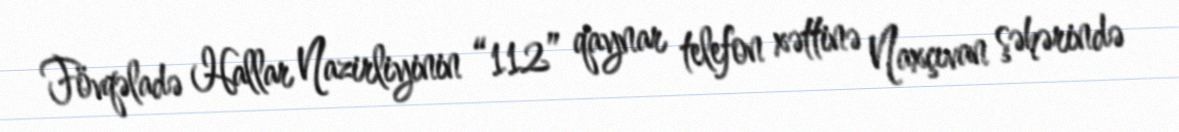
Fövqəladə Hallar Nazirliyinin “112” qaynar telefon xəttinə Naxçıvan şəhərində